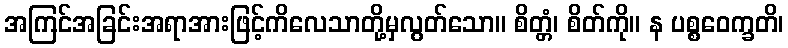
အကြင်အခြင်းအရာအားဖြင့်ကိလေသာတို့မှလွတ်သော။ စိတ္တံ၊ စိတ်ကို။ န ပစ္စဝေက္ခတိ၊